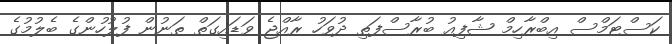
ކަސްޓަމްސް އިބްރާހިމް ޝާފިއު ބުރާސްފަތި ދުވަހު ރާއްޖެ ވަޑައިގަތް ތަނުން ފުލުހުންގެ ބެލުމުގެ